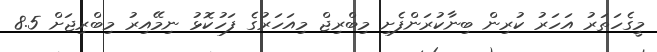
މީގެހަތަރު އަހަރު ކުރިން ބިނާކުރަންފެށި މިބްރިޖް މިއަހަރުގެ ފަހުކޮޅު ނިމޭއިރު މިބްރިޖަށް 8.5